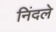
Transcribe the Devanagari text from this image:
निंदले